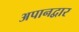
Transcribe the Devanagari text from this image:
अपानद्वार